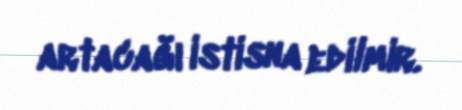
artacağı istisna edilmir.